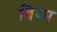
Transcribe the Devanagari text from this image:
बिप्स